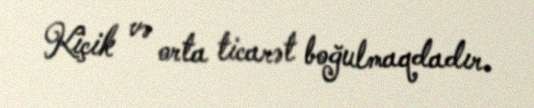
Kiçik və orta ticarət boğulmaqdadır.